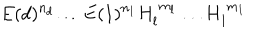
E ( d ) ^ { n _ { d } } \dots E ( 1 ) ^ { n _ { 1 } } H _ { l } ^ { \ m _ { l } } \dots H _ { 1 } ^ { \ m _ { 1 } } \,